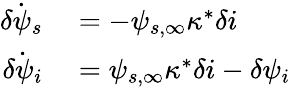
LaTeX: \begin{array}{rl}{\dot{\delta\psi_{s}}}&{{}=-\psi_{s,\infty}\kappa^{*}\delta i}\\ {\dot{\delta\psi_{i}}}&{{}=\psi_{s,\infty}\kappa^{*}\delta i-\delta\psi_{i}}\end{array}